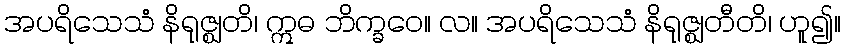
အပရိသေသံ နိရုဇ္ဈတိ၊ ဣဓ ဘိက္ခဝေ။ လ။ အပရိသေသံ နိရုဇ္ဈတီတိ၊ ဟူ၍။